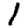
Digit: 1